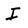
Character: I